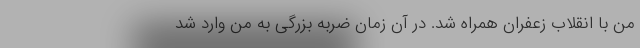
من با انقلاب زعفران همراه شد. در آن زمان ضربه بزرگی به من وارد شد